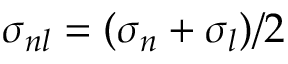
\sigma _ { n l } = ( \sigma _ { n } + \sigma _ { l } ) / 2